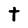
Character: t